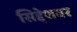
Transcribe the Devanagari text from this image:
सिद्देशवर